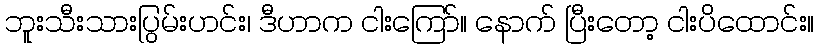
ဘူးသီးသားပြွမ်းဟင်း၊ ဒီဟာက ငါးကြော်။ နောက် ပြီးတော့ ငါးပိထောင်း။